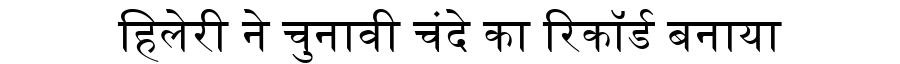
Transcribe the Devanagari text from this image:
हिलेरी ने चुनावी चंदे का रिकॉर्ड बनाया